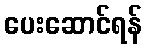
ပေးဆောင်ရန်